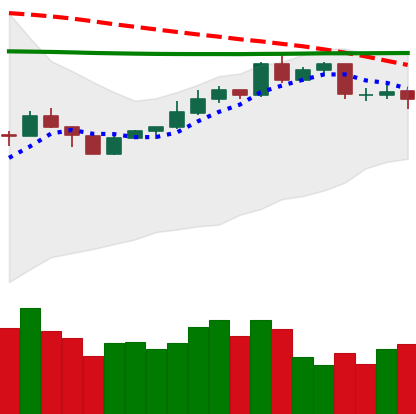
Ticker: XMR-USD
Chart end date: 2020-04-13
Forward return: 9.48%
Label: up_7plus